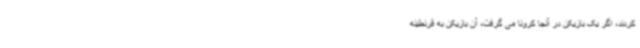
کردند، اگر یک بازیکن در آنجا کرونا می گرفت، آن بازیکن به قرنطینه